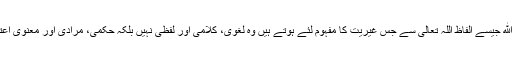
لہٰذا مِنْ دُوْنِ اللهِ جیسے الفاظ اللہ تعالیٰ سے جس غیریت کا مفہوم لئے ہوتے ہیں وہ لغوی، کلامی اور لفظی نہیں بلکہ حکمی، مرادی اور معنوی اعتبار سے ہیں۔